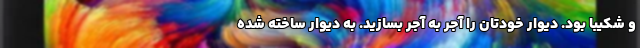
و شکیبا بود. دیوار خودتان را آجر به آجر بسازید. به دیوار ساخته شده